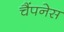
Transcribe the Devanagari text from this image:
चैंपनेस